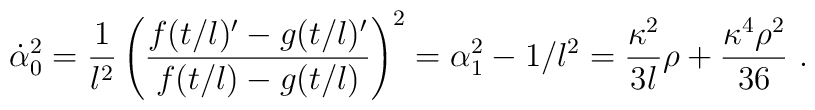
\dot{\alpha}_0^2 = \frac{1}{l^2} \left( \frac{f(t/l)'-g(t/l)'}{f(t/l)-g(t/l)} \right)^2 = \alpha_1^2-1/l^2   =\frac{\kappa^2}{3 l}\rho+\frac{\kappa^4 \rho^2}{36}                             \ .